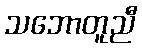
သဘောတူညီ